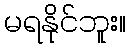
မရနိုင်ဘူး။